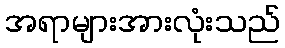
အရာများအားလုံးသည်